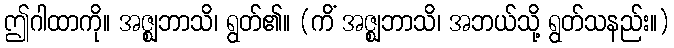
ဤဂါထာကို။ အဇ္ဈဘာသိ၊ ရွတ်၏။ (ကိံ အဇ္ဈဘာသိ၊ အဘယ်သို့ ရွတ်သနည်း။)